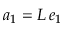
\boldsymbol a _ { 1 } = L \, \boldsymbol e _ { 1 }